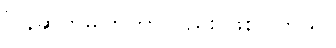
ပြန်ဆက်မိကြတာလည်း ဖြစ်ပါတယ်။